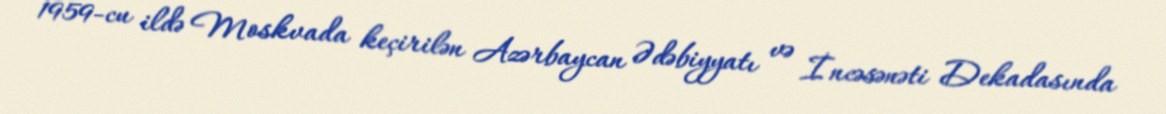
1959-cu ildə Moskvada keçirilən Azərbaycan Ədəbiyyatı və İncəsənəti Dekadasında